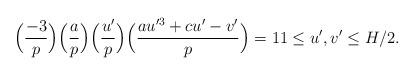
LaTeX: \begin{align*} \Bigl( \frac{-3}{p} \Bigr) \Bigl( \frac{a}{p} \Bigr) \Bigl( \frac{u'}{p} \Bigr) \Bigl( \frac{a u'^3 + c u' - v'}{p} \Bigr) = 1 1 \le u', v' \le H/2.\end{align*}